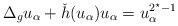
LaTeX: \begin{align*}\Delta_g u_\alpha+ \check{h}(u_\alpha)u_\alpha=u_\alpha^{2^\star-1}\end{align*}